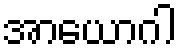
အာယောဂါ